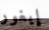
إيغور